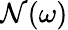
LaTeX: \mathcal{N}(\omega)